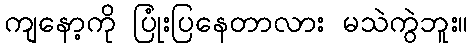
ကျနော့ကို ပြုံးပြနေတာလား မသဲကွဲဘူး။